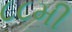
૮૮મી